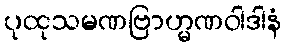
ပုထုသမဏဗြာဟ္မဏဝါဒါနံ